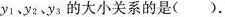
y_{1}、y_{2}、y_{3}的大小关系的是（）。